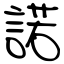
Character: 諾